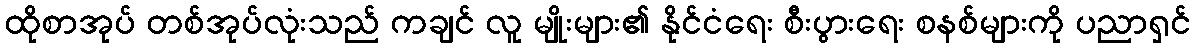
ထိုစာအုပ် တစ်အုပ်လုံးသည် ကချင် လူ မျိုးများ၏ နိုင်ငံရေး စီးပွားရေး စနစ်များကို ပညာရှင်